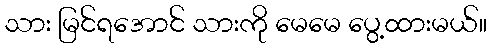
သား မြင်ရအောင် သားကို မေမေ ပွေ့ထားမယ်။